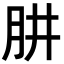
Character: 肼